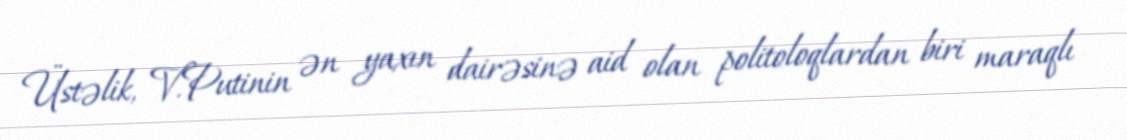
Üstəlik, V.Putinin ən yaxın dairəsinə aid olan politoloqlardan biri maraqlı